Lunatic asylums Burma 1907-21 - 1907-1921
Year: 1907
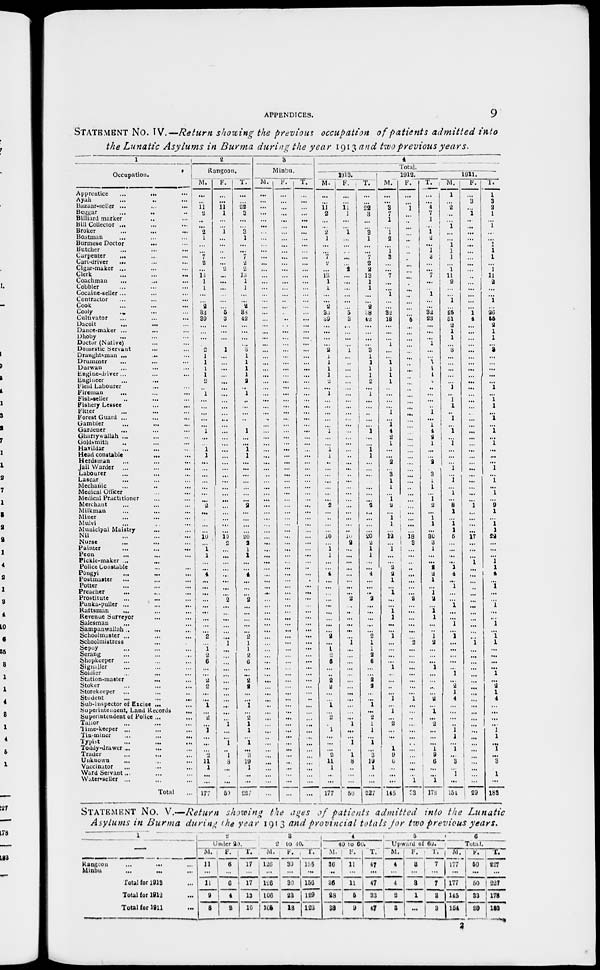
APPENDICES.
9
STATEMENT NO. IV.—Return showing the previous occupation of patients admitted into
the Lunatic Asylums in Burma during the year 1913 and two previous years.
1
Occupation.
Apprentice
... ... ...
Ayah ... ... ...
Bazaar-seller ... ... ...
Beggar ... ... ...
Billiard marker ... ...
Bill Collector ... ... ...
Broker ... ... ...
Boatman ... ... ...
Burmese Doctor ... ...
Butcher ... ... ...
Carpenter ... ... ...
Cart-driver ... ... ...
Cigar-maker ... ... ...
Clerk ... ... ...
Coachman ... ... ...
Cobbler ... ... ...
Cocaine-seller ... ... ...
Contractor ... ... ...
Cook ... ... ...
Cooly ... ... ...
Cultivator ... ... ...
Dacoit ... ... ...
Dance-maker ... ... ...
Dhoby ... ... ...
Doctor (Native) ... ...
Domestic Servant ... ...
Draughtsman ... ... ...
Drummer ... ... ...
Durwan ... ... ...
Engine-driver ... ... ...
Engineer ... ... ...
Field Labourer ... ...
Fireman ... ... ...
Fish-seller ... ... ...
Fishery Lessee ... ... ...
Fitter ... ... ...
Forest Guard ... ... ...
Gambler ... ... ...
Gardener ... ... ...
Gharry wallah ... ... ...
Goldsmith ... ... ...
Havildar ... ... ...
Head constable ... ...
Herdsman ... ... ...
Jail Warder ... ... ...
Labourer ... ... ...
Lascar ... ... ...
Mechanic ... ... ...
Medical Officer ... ... ...
Medical Practitioner ... ...
Merchant ... ... ...
Milkman ... ... ...
Miner ... ... ...
Mulvi ... ... ...
Municipal Maistry ... ...
Nil ... ... ...
Nurse ... ... ...
Painter ... ... ...
Peon ... ... ...
Pickle-maker ... ... ...
Police Constable ... ...
Pôngyi ... ... ...
Postmaster ... ... ...
Potter ... ... ...
Preacher ... ... ...
Prostitute ... ... ...
Punka-puller ... ... ...
Raftsman ... ... ...
Revenue Surveyor ... ...
Salesman ... ... ...
Sampanwallah ... ... ...
Schoolmaster ... ... ...
Schoolmistress ... ...
Sepoy ... ... ...
Serang ... ... ...
Shopkeeper ... ... ...
Signaller ... ... ...
Soldier ... ... ...
Station-master ... ...
Stoker ... ... ...
Storekeeper ... ... ...
Student ... ... ...
Sub-inspector of Excise ... ...
Superintendent, Land Records
...
Superintendent of Police ... ...
Tailor ... ... ...
Time-keeper ... ... ...
Tin-miner ... ... ...
Typist ... ... ...
Toddy-drawer ... ... ...
Trader ... ... ...
Unknown ... ... ...
Vaccinator ... ... ...
Ward Servant ... ... ...
Water-seller ... ... ...
Total ...
2
Rangoon.
M.
...
...
11
2
...
...
2
1
...
...
7
2
...
13
1
1
...
...
2
33
39
...
...
...
...
2
1
1
1
1
2
...
1
...
...
...
...
...
1
...
...
1
1
...
...
...
...
...
...
...
2
...
...
...
...
10
...
1 1
...
...
4
...
...
...
...
...
...
...
...
...
2
...
1 2
6
...
...
2
2
...
...
1
...
2
...
1
...
...
...
2
11
1
...
...
177
F.
...
...
11
1
...
...
1
...
...
...
...
...
2
...
...
...
...
...
...
5
3
...
...
...
...
1
...
...
...
...
...
...
...
...
...
...
...
...
...
...
...
...
...
...
...
...
...
...
...
...
...
...
...
...
...
10 2
...
...
...
...
...
...
...
...
2
...
...
...
...
...
...
1
...
...
...
...
...
...
...
...
...
...
...
...
1
...
...
1
...
1
8
...
...
...
50
T.
...
...
22
3
...
...
3
1
...
...
7
2
2
13
1
1
...
...
2
38
42
...
...
...
...
3 1
1
1
1
2
...
1
...
...
...
...
...
1
...
...
1
1
...
...
...
...
...
...
...
2
...
...
...
...
20
2
1
1
...
...
4
...
...
...
2
...
...
...
...
...
2
1
1
2
6
...
...
2
2
...
...
1
...
2
1 1
...
1
...
3
19
1
...
...
227
3
Minbu.
M.
...
...
...
...
...
...
...
...
...
...
...
...
...
...
...
...
...
...
...
...
...
...
...
...
...
...
...
...
...
...
...
...
...
...
...
...
...
...
...
...
...
...
...
...
...
...
...
...
...
...
...
...
...
...
...
...
...
...
...
...
...
...
...
...
...
...
...
...
...
...
...
...
...
...
...
...
...
...
...
...
...
...
...
...
...
...
...
...
...
...
...
...
...
...
...
...
F.
...
...
...
...
...
...
...
...
...
...
...
...
...
...
...
...
...
...
...
...
...
...
...
...
...
...
...
...
...
...
...
...
...
...
...
...
...
...
...
...
...
...
...
...
...
...
...
...
...
...
...
...
...
...
...
...
...
...
...
...
...
...
...
...
...
...
...
...
...
...
...
...
...
...
...
...
...
...
...
...
...
...
...
...
...
...
...
...
...
...
...
...
...
...
...
...
T.
...
...
...
...
...
...
...
...
...
...
...
...
...
...
...
...
...
...
...
...
...
...
...
...
...
...
...
...
...
...
...
...
...
...
...
...
...
...
...
...
...
...
...
...
...
...
...
...
...
...
...
...
...
...
...
...
...
...
...
...
...
...
...
...
...
...
...
...
...
...
...
...
...
...
...
...
...
...
...
...
...
...
...
...
...
...
...
...
...
...
...
...
...
...
...
4
Total.
1913.
M.
...
...
11 2
...
...
2
1
...
...
7
2
...
13
1
1
...
...
2
33
39
...
...
...
...
2
1
1
1
1
...
...
1
...
...
...
...
...
1 ...
...
1
1
...
...
...
...
...
...
...
2
...
...
...
...
10
...
1
1
...
...
4
...
...
...
...
...
...
..
...
...
2
...
1
2
6
...
...
2
2
...
...
1
...
2
...
1
...
...
...
2
11
1
...
...
177
F.
...
...
11 1
...
...
1
...
...
...
...
...
2
...
...
...
...
...
...
5
3
...
...
...
...
1
...
...
...
...
...
...
...
...
...
...
...
...
...
...
...
...
...
...
...
...
...
...
...
...
...
...
...
...
...
10
2
...
...
...
...
...
...
...
...
2
...
...
...
...
...
...
1
...
...
...
...
...
...
...
...
...
...
...
...
1
...
...
1
...
1
8
...
...
...
50
T.
...
...
22
3
...
...
3
1
...
...
7
2
2
13
1
1
...
...
2
38
42
...
...
...
...
3
1
1
1
1
2
...
1
...
...
...
...
...
1
...
...
1 1
...
...
...
...
...
...
...
2
...
...
...
...
20
2
1
1
...
...
4
...
...
...
2
...
...
...
...
...
2
1
1
2 6
...
...
2
2
...
...
1
...
2
1
1
...
1
...
3
19
1
...
...
227
1912.
M.
...
...
3
7
1
1
1
2
...
1
3
...
...
7
...
...
1
...
...
32
18
...
...
...
1
...
...
1
1
1
1
...
...
...
...
1
...
1 4
2
1
...
...
2
...
3
1
1
...
1 2
...
1
1
...
12
...
1
...
...
2
2
1
...
1
...
...
1
1
...
...
1
...
...
...
...
1
...
...
...
...
1
...
1
...
2
...
...
...
1
9 6
...
...
...
145
F.
...
...
1
...
...
...
...
...
...
...
...
...
...
...
...
...
...
...
...
...
5
...
...
...
...
...
...
...
...
...
...
...
...
...
...
...
...
...
...
...
...
...
...
...
...
...
...
...
...
...
...
...
....
...
...
18 3
...
...
...
...
...
...
...
...
2
...
...
...
...
...
...
2
...
...
...
...
...
...
...
...
1
...
...
...
...
...
...
...
...
...
...
...
...
1
33
T.
...
...
4
7
1
1
1
2
...
1
3
...
...
7
...
...
1
...
...
32
23
...
...
...
1
...
...
1
1
1
...
...
...
...
...
1
...
1
4
2
1
...
...
2 ...
3
1
1
...
1
2
...
1
1
...
80
3
1
...
...
2 2
1
...
1
2
...
1
1
...
..
1
2
...
...
...
1
...
...
...
...
2
...
1
...
2
...
...
...
1
9
6
...
...
1
178
1911.
M.
1
...
2
...
...
1
...
...
1
1
1
...
1
11
2
...
...
1
...
25
51
2
1
1
...
3
...
...
...
...
...
1
...
1
1
...
1
. ..
1
...
1
...
...
...
1
...
1
...
1
...
8
1
...
1
1
5
...
...
...
...
1
4
...
1
...
...
1
...
...
1
...
1
...
...
...
...
...
1
...
2
1
4
...
...
...
...
1
1
...
1
...
3
...
1
...
154
F.
...
3 ...
1
..
.
...
...
...
...
...
...
...
...
...
...
...
...
...
...
1
4
...
...
...
...
...
...
...
...
...
...
...
...
...
...
...
...
...
...
...
...
...
...
...
...
...
...
...
...
...
1
...
...
...
...
17
...
...
...
1
...
...
...
...
...
...
...
...
...
...
...
...
1
...
...
...
...
...
...
...
...
...
...
...
...
...
...
...
...
...
...
...
...
...
...
29
T.
1
3
2
1
...
1
...
...
1
1
1
...
1
11
2
...
...
1 ...
26
55
2
1
1
...
3
...
...
...
...
...
1
...
1
1
...
1
...
1
...
1
...
...
...
1
...
1
...
1
...
9
1
...
1
1
22
...
...
...
1
1
4
...
1
...
...
1
...
...
1
...
1
1
...
...
...
...
1
...
2
1
4
...
...
...
... 1
1
...
1
...
3
...
1
...
183
STATEMENT NO. V.—Return showing the ages of patients admitted into the Lunatic
Asylums in Burma during the year 1913 and provincial totals for two previous years.
1
—
Rangoon ... ... ...
Minbu ... ... ...
Total for 1913 ...
Total for 1912 ...
Total for 1911 ...
2
Under 20.
M.
11
...
11
9
8
F.
...
...
6
4
2
T.
17
...
17
13
10
3
2 to 40.
M.
126
...
126
106
105
F.
30
...
30
23
18
T.
156
...
156
129
123
4
40 to 60.
M.
36
...
36
28
38
F.
11
...
11
5
9
T.
47
...
47
33
47
5
Upward of 60.
M.
4
...
4
2
3
F.
3
...
3
1
...
T.
7
...
7
3
3
6
Total.
M.
177
...
177
145
154
F.
50
...
50
83
28
T.
227
...
227
178
183
2